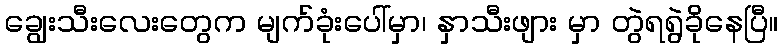
ချွေးသီးလေးတွေက မျက်ခုံးပေါ်မှာ၊ နှာသီးဖျား မှာ တွဲရရွဲခိုနေပြီ။